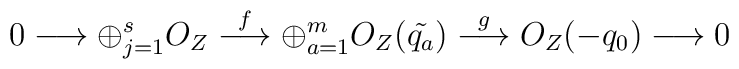
0 \longrightarrow \oplus_{j=1}^{s}{O_Z}\stackrel{f}{\longrightarrow} \oplus_{a=1}^{m}{O_Z(\tilde{q_a})}\stackrel{g}{\longrightarrow} O_Z(-q_0)\longrightarrow 0